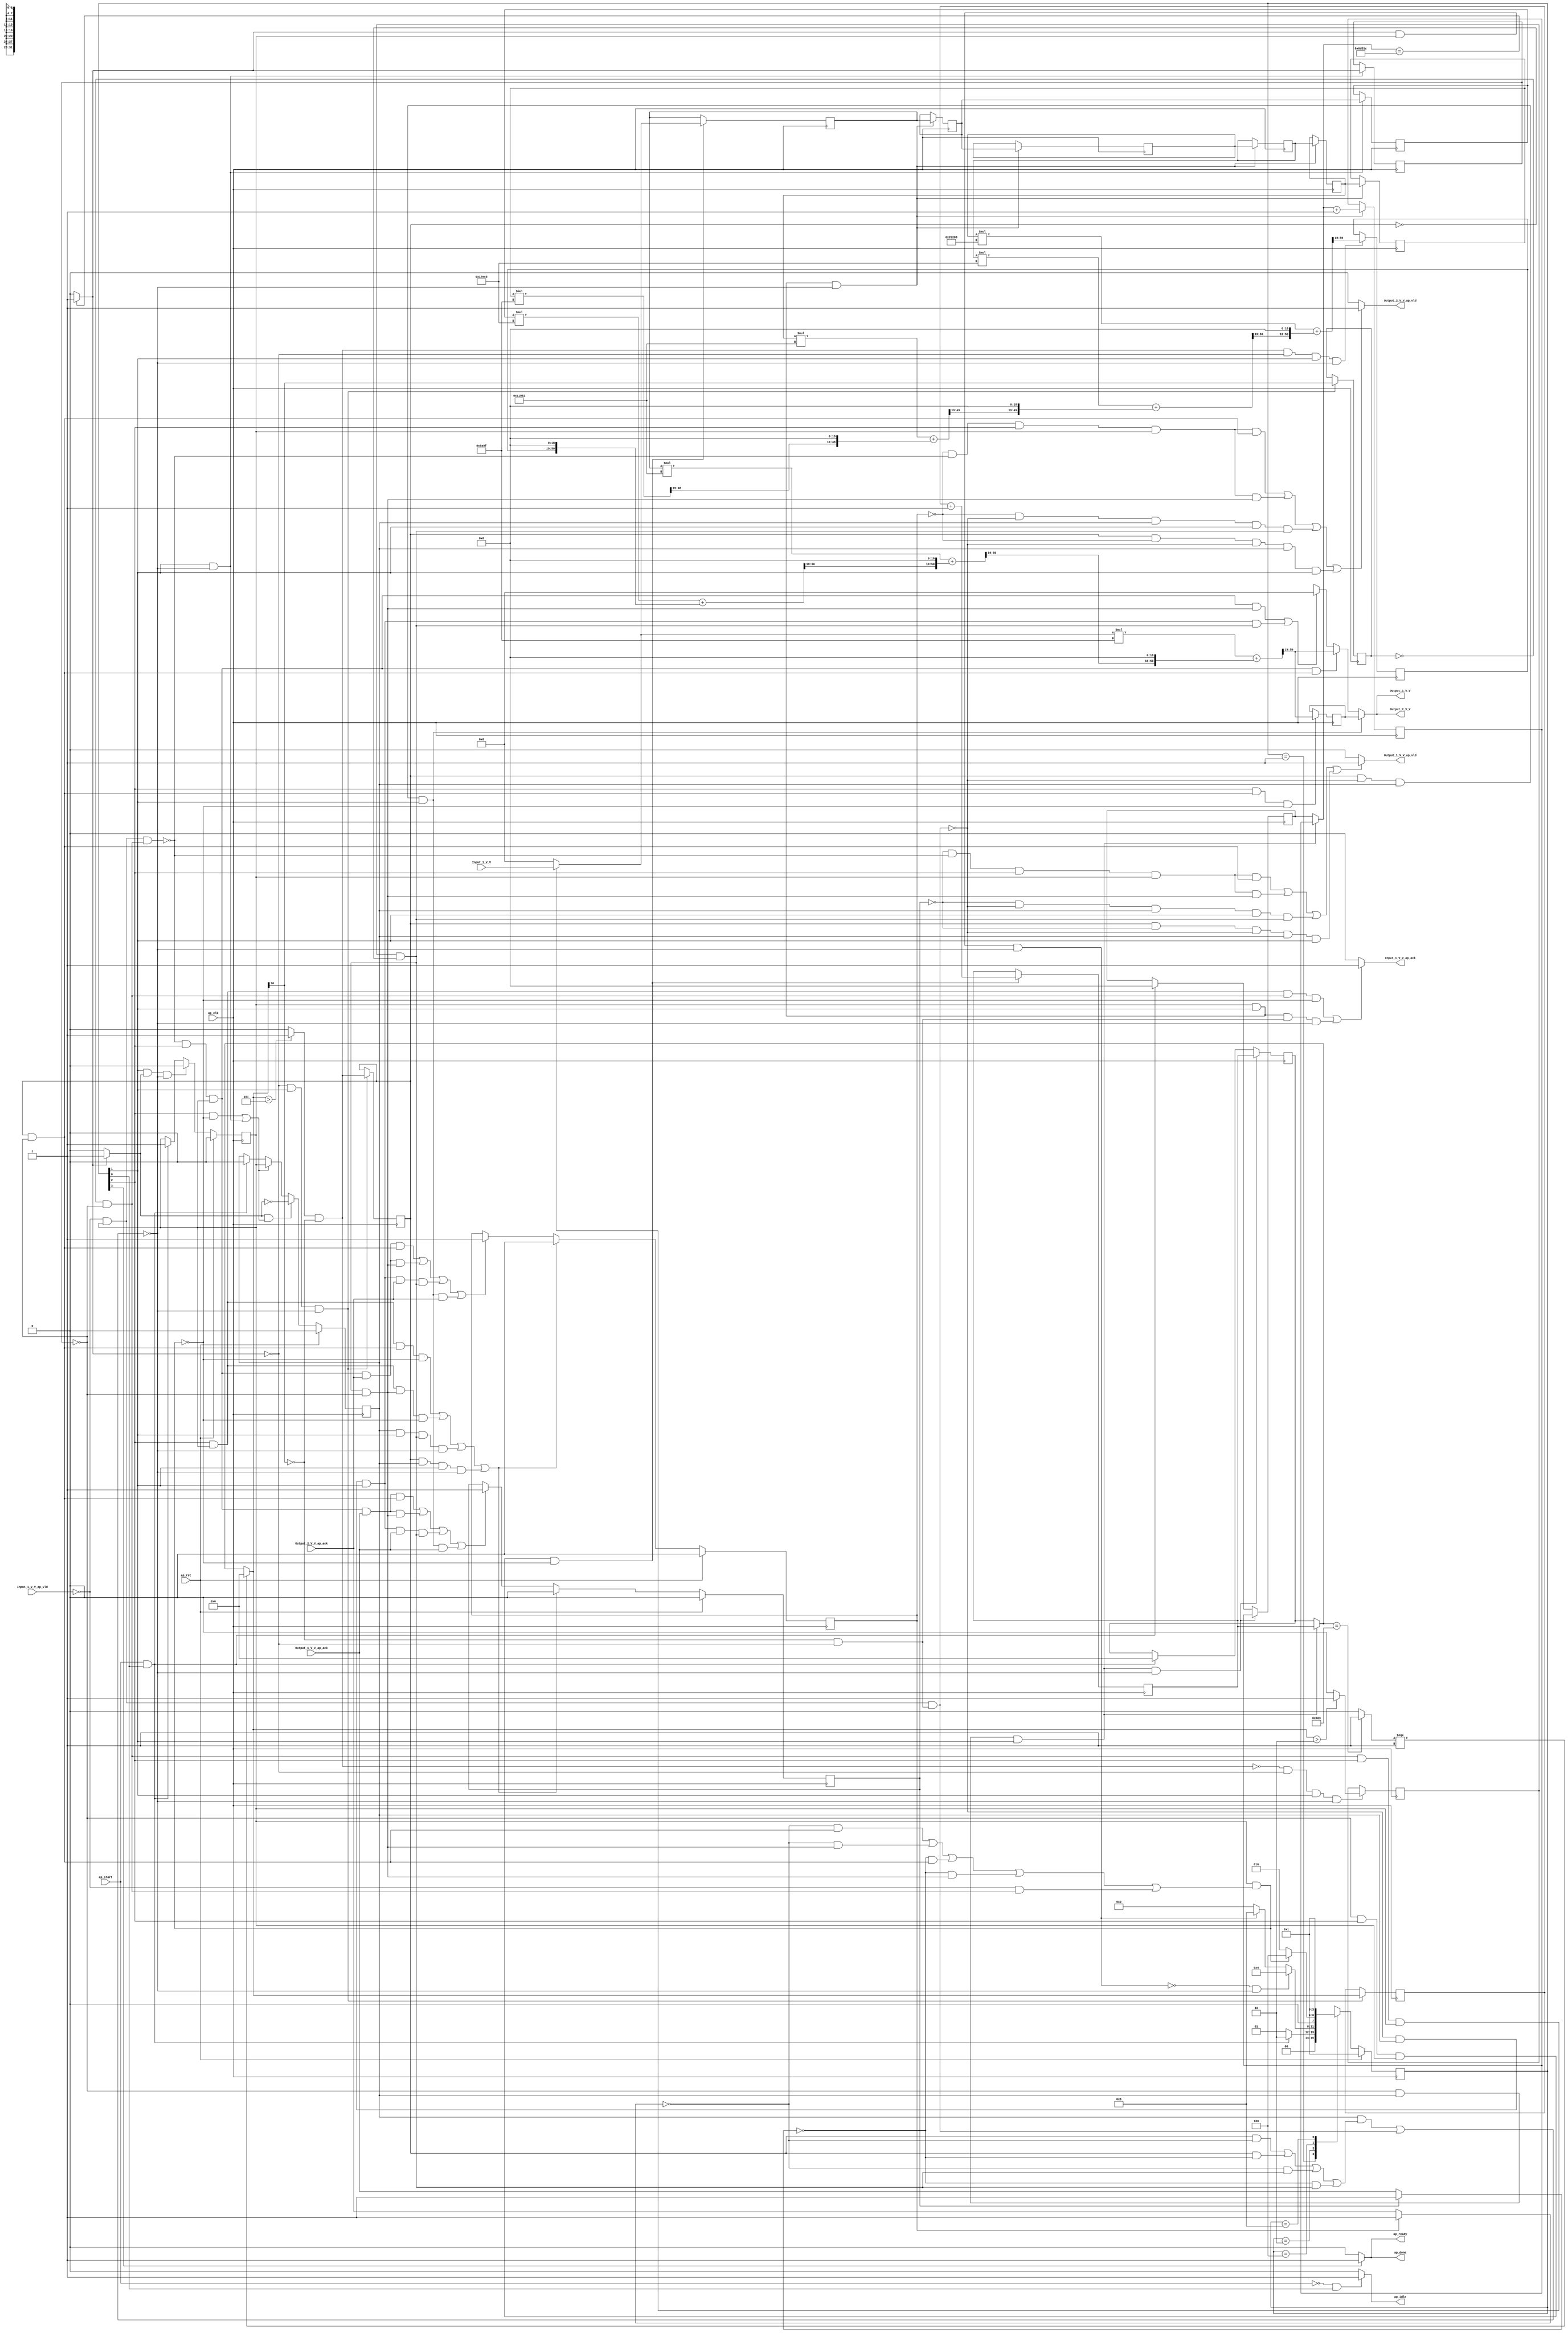
// ==============================================================
// RTL generated by Vivado(TM) HLS - High-Level Synthesis from C, C++ and SystemC
// Version: 2018.2
// Copyright (C) 1986-2018 Xilinx, Inc. All Rights Reserved.
// 
// ===========================================================

`timescale 1 ns / 1 ps 

(* CORE_GENERATION_INFO="gradient_weight_x3,hls_ip_2018_2,{HLS_INPUT_TYPE=cxx,HLS_INPUT_FLOAT=0,HLS_INPUT_FIXED=1,HLS_INPUT_PART=xczu9eg-ffvb1156-2-i,HLS_INPUT_CLOCK=10.000000,HLS_INPUT_ARCH=others,HLS_SYN_CLOCK=6.730643,HLS_SYN_LAT=895546,HLS_SYN_TPT=none,HLS_SYN_MEM=0,HLS_SYN_DSP=21,HLS_SYN_FF=371,HLS_SYN_LUT=809,HLS_VERSION=2018_2}" *)

module gradient_weight_x3 (
        ap_clk,
        ap_rst,
        ap_start,
        ap_done,
        ap_idle,
        ap_ready,
        Input_1_V_V,
        Input_1_V_V_ap_vld,
        Input_1_V_V_ap_ack,
        Output_1_V_V,
        Output_1_V_V_ap_vld,
        Output_1_V_V_ap_ack,
        Output_2_V_V,
        Output_2_V_V_ap_vld,
        Output_2_V_V_ap_ack
);

parameter    ap_ST_fsm_state1 = 4'd1;
parameter    ap_ST_fsm_pp0_stage0 = 4'd2;
parameter    ap_ST_fsm_pp0_stage1 = 4'd4;
parameter    ap_ST_fsm_state5 = 4'd8;

input   ap_clk;
input   ap_rst;
input   ap_start;
output   ap_done;
output   ap_idle;
output   ap_ready;
input  [31:0] Input_1_V_V;
input   Input_1_V_V_ap_vld;
output   Input_1_V_V_ap_ack;
output  [31:0] Output_1_V_V;
output   Output_1_V_V_ap_vld;
input   Output_1_V_V_ap_ack;
output  [31:0] Output_2_V_V;
output   Output_2_V_V_ap_vld;
input   Output_2_V_V_ap_ack;

reg ap_done;
reg ap_idle;
reg ap_ready;
reg Input_1_V_V_ap_ack;
reg[31:0] Output_1_V_V;
reg Output_1_V_V_ap_vld;
reg[31:0] Output_2_V_V;
reg Output_2_V_V_ap_vld;

(* fsm_encoding = "none" *) reg   [3:0] ap_CS_fsm;
wire    ap_CS_fsm_state1;
reg    Input_1_V_V_blk_n;
wire    ap_CS_fsm_pp0_stage0;
reg    ap_enable_reg_pp0_iter0;
wire    ap_block_pp0_stage0;
wire   [0:0] exitcond_flatten_fu_186_p2;
wire   [0:0] tmp_3_fu_237_p3;
wire    ap_CS_fsm_pp0_stage1;
wire    ap_block_pp0_stage1;
reg   [0:0] exitcond_flatten_reg_568;
reg   [0:0] tmp_3_reg_582;
reg    Output_1_V_V_blk_n;
reg   [0:0] or_cond_reg_586;
reg    ap_enable_reg_pp0_iter1;
reg   [0:0] tmp_1_reg_590;
reg    Output_2_V_V_blk_n;
reg   [18:0] indvar_flatten_reg_134;
reg   [10:0] c_reg_145;
reg  signed [31:0] buf_val_0_z_V_4_lo_reg_563;
reg    ap_predicate_op41_read_state2;
reg    ap_block_state2_pp0_stage0_iter0;
wire    ap_block_state4_pp0_stage0_iter1;
reg    ap_sig_ioackin_Output_1_V_V_ap_ack;
reg    ap_predicate_op100_write_state4;
reg    ap_sig_ioackin_Output_2_V_V_ap_ack;
reg    ap_block_state4_io;
reg    ap_block_pp0_stage0_11001;
wire   [18:0] indvar_flatten_next_fu_192_p2;
reg   [18:0] indvar_flatten_next_reg_572;
wire   [10:0] c_mid2_fu_229_p3;
reg   [10:0] c_mid2_reg_577;
wire   [0:0] or_cond_fu_257_p2;
wire   [0:0] tmp_1_fu_263_p2;
reg   [31:0] tmp_7_reg_594;
reg   [31:0] tmp_V_reg_599;
reg    ap_predicate_op68_read_state3;
reg    ap_block_state3_pp0_stage1_iter0;
reg    ap_predicate_op73_write_state3;
reg    ap_predicate_op93_write_state3;
reg    ap_block_state3_io;
reg    ap_block_pp0_stage1_11001;
wire   [10:0] c_1_fu_522_p2;
reg   [10:0] c_1_reg_605;
reg    ap_block_pp0_stage0_subdone;
reg    ap_condition_pp0_exit_iter0_state2;
reg    ap_block_pp0_stage1_subdone;
reg   [18:0] ap_phi_mux_indvar_flatten_phi_fu_138_p4;
reg   [10:0] ap_phi_mux_c_phi_fu_149_p4;
reg  signed [31:0] ap_phi_mux_buf_val_0_z_V_6_phi_fu_160_p4;
reg   [31:0] buf_val_0_z_V_5_fu_88;
reg   [31:0] buf_val_0_z_V_0_fu_92;
reg   [31:0] buf_val_0_z_V_1_fu_96;
reg   [31:0] buf_val_0_z_V_2_fu_100;
reg   [31:0] buf_val_0_z_V_3_fu_104;
reg   [31:0] buf_val_0_z_V_4_fu_108;
reg    ap_block_pp0_stage1_01001;
reg    ap_block_pp0_stage0_01001;
reg    ap_reg_ioackin_Output_1_V_V_ap_ack;
reg    ap_reg_ioackin_Output_2_V_V_ap_ack;
wire   [0:0] exitcond_fu_223_p2;
wire   [0:0] tmp_s_fu_251_p2;
wire   [0:0] rev_fu_245_p2;
wire  signed [31:0] OP1_V_cast_fu_269_p0;
wire  signed [31:0] p_Val2_3_fu_273_p0;
wire   [48:0] p_Val2_3_fu_273_p2;
wire  signed [31:0] OP1_V_1_cast_fu_289_p0;
wire  signed [31:0] p_Val2_3_1_fu_293_p0;
wire   [29:0] tmp_5_fu_279_p4;
wire   [48:0] tmp_fu_299_p3;
wire   [49:0] p_Val2_3_1_fu_293_p2;
wire  signed [49:0] tmp_13_1_cast_fu_307_p1;
wire  signed [31:0] OP1_V_2_cast_fu_317_p0;
wire  signed [31:0] p_Val2_3_2_fu_321_p0;
wire   [49:0] p_Val2_4_1_fu_311_p2;
wire   [30:0] tmp_4_fu_327_p4;
wire   [49:0] tmp_10_fu_337_p3;
wire   [49:0] p_Val2_3_2_fu_321_p2;
wire  signed [50:0] tmp_148_2_cast_fu_349_p1;
wire  signed [50:0] tmp_13_2_fu_345_p1;
wire  signed [31:0] OP1_V_3_cast_fu_359_p0;
wire  signed [31:0] p_Val2_3_3_fu_363_p0;
wire   [50:0] p_Val2_4_2_fu_353_p2;
wire   [31:0] tmp_6_fu_369_p4;
wire   [50:0] p_Val2_3_3_fu_363_p2;
wire   [50:0] tmp_13_3_fu_379_p3;
wire   [50:0] p_Val2_4_3_fu_387_p2;
wire  signed [31:0] p_Val2_3_4_fu_411_p0;
wire   [49:0] p_Val2_3_4_fu_411_p2;
wire  signed [50:0] tmp_148_4_cast_fu_424_p1;
wire   [50:0] tmp_13_4_fu_417_p3;
wire  signed [31:0] OP1_V_5_cast_fu_434_p0;
wire  signed [31:0] p_Val2_3_5_fu_438_p0;
wire   [50:0] p_Val2_4_4_fu_428_p2;
wire   [31:0] tmp_8_fu_444_p4;
wire   [49:0] p_Val2_3_5_fu_438_p2;
wire  signed [50:0] tmp_148_5_cast_fu_462_p1;
wire   [50:0] tmp_13_5_fu_454_p3;
wire  signed [31:0] p_Val2_3_6_fu_476_p0;
wire   [50:0] p_Val2_4_5_fu_466_p2;
wire   [31:0] tmp_9_fu_482_p4;
wire   [48:0] p_Val2_3_6_fu_476_p2;
wire  signed [50:0] tmp_148_6_cast_fu_500_p1;
wire   [50:0] tmp_13_6_fu_492_p3;
wire   [50:0] p_Val2_4_6_fu_504_p2;
wire    ap_CS_fsm_state5;
reg   [3:0] ap_NS_fsm;
reg    ap_idle_pp0;
wire    ap_enable_pp0;

// power-on initialization
initial begin
#0 ap_CS_fsm = 4'd1;
#0 ap_enable_reg_pp0_iter0 = 1'b0;
#0 ap_enable_reg_pp0_iter1 = 1'b0;
#0 ap_reg_ioackin_Output_1_V_V_ap_ack = 1'b0;
#0 ap_reg_ioackin_Output_2_V_V_ap_ack = 1'b0;
end

always @ (posedge ap_clk) begin
    if (ap_rst == 1'b1) begin
        ap_CS_fsm <= ap_ST_fsm_state1;
    end else begin
        ap_CS_fsm <= ap_NS_fsm;
    end
end

always @ (posedge ap_clk) begin
    if (ap_rst == 1'b1) begin
        ap_enable_reg_pp0_iter0 <= 1'b0;
    end else begin
        if (((1'b1 == ap_CS_fsm_pp0_stage0) & (1'b1 == ap_condition_pp0_exit_iter0_state2) & (1'b0 == ap_block_pp0_stage0_subdone))) begin
            ap_enable_reg_pp0_iter0 <= 1'b0;
        end else if (((ap_start == 1'b1) & (1'b1 == ap_CS_fsm_state1))) begin
            ap_enable_reg_pp0_iter0 <= 1'b1;
        end
    end
end

always @ (posedge ap_clk) begin
    if (ap_rst == 1'b1) begin
        ap_enable_reg_pp0_iter1 <= 1'b0;
    end else begin
        if (((1'b1 == ap_condition_pp0_exit_iter0_state2) & (((1'b1 == ap_CS_fsm_pp0_stage1) & (1'b0 == ap_block_pp0_stage1_subdone)) | ((1'b1 == ap_CS_fsm_pp0_stage0) & (1'b0 == ap_block_pp0_stage0_subdone))))) begin
            ap_enable_reg_pp0_iter1 <= (1'b1 ^ ap_condition_pp0_exit_iter0_state2);
        end else if ((((1'b1 == ap_CS_fsm_pp0_stage1) & (1'b0 == ap_block_pp0_stage1_subdone)) | ((1'b1 == ap_CS_fsm_pp0_stage0) & (1'b0 == ap_block_pp0_stage0_subdone)))) begin
            ap_enable_reg_pp0_iter1 <= ap_enable_reg_pp0_iter0;
        end else if (((ap_start == 1'b1) & (1'b1 == ap_CS_fsm_state1))) begin
            ap_enable_reg_pp0_iter1 <= 1'b0;
        end
    end
end

always @ (posedge ap_clk) begin
    if (ap_rst == 1'b1) begin
        ap_reg_ioackin_Output_1_V_V_ap_ack <= 1'b0;
    end else begin
        if ((((1'b1 == ap_CS_fsm_pp0_stage1) & (ap_enable_reg_pp0_iter0 == 1'b1) & (ap_predicate_op93_write_state3 == 1'b1) & (1'b0 == ap_block_pp0_stage1_11001)) | ((1'b1 == ap_CS_fsm_pp0_stage1) & (ap_enable_reg_pp0_iter0 == 1'b1) & (ap_predicate_op73_write_state3 == 1'b1) & (1'b0 == ap_block_pp0_stage1_11001)) | ((ap_enable_reg_pp0_iter1 == 1'b1) & (1'b1 == ap_CS_fsm_pp0_stage0) & (ap_predicate_op100_write_state4 == 1'b1) & (1'b0 == ap_block_pp0_stage0_11001)) | ((or_cond_reg_586 == 1'd1) & (ap_enable_reg_pp0_iter1 == 1'b1) & (1'b1 == ap_CS_fsm_pp0_stage0) & (1'b0 == ap_block_pp0_stage0_11001)))) begin
            ap_reg_ioackin_Output_1_V_V_ap_ack <= 1'b0;
        end else if ((((1'b0 == ap_block_pp0_stage1_01001) & (1'b1 == ap_CS_fsm_pp0_stage1) & (ap_enable_reg_pp0_iter0 == 1'b1) & (1'b1 == Output_1_V_V_ap_ack) & (ap_predicate_op93_write_state3 == 1'b1)) | ((1'b0 == ap_block_pp0_stage1_01001) & (1'b1 == ap_CS_fsm_pp0_stage1) & (ap_enable_reg_pp0_iter0 == 1'b1) & (1'b1 == Output_1_V_V_ap_ack) & (ap_predicate_op73_write_state3 == 1'b1)) | ((1'b0 == ap_block_pp0_stage0_01001) & (ap_enable_reg_pp0_iter1 == 1'b1) & (1'b1 == ap_CS_fsm_pp0_stage0) & (1'b1 == Output_1_V_V_ap_ack) & (ap_predicate_op100_write_state4 == 1'b1)) | ((or_cond_reg_586 == 1'd1) & (1'b0 == ap_block_pp0_stage0_01001) & (ap_enable_reg_pp0_iter1 == 1'b1) & (1'b1 == ap_CS_fsm_pp0_stage0) & (1'b1 == Output_1_V_V_ap_ack)))) begin
            ap_reg_ioackin_Output_1_V_V_ap_ack <= 1'b1;
        end
    end
end

always @ (posedge ap_clk) begin
    if (ap_rst == 1'b1) begin
        ap_reg_ioackin_Output_2_V_V_ap_ack <= 1'b0;
    end else begin
        if ((((1'b1 == ap_CS_fsm_pp0_stage1) & (ap_enable_reg_pp0_iter0 == 1'b1) & (ap_predicate_op93_write_state3 == 1'b1) & (1'b0 == ap_block_pp0_stage1_11001)) | ((1'b1 == ap_CS_fsm_pp0_stage1) & (ap_enable_reg_pp0_iter0 == 1'b1) & (ap_predicate_op73_write_state3 == 1'b1) & (1'b0 == ap_block_pp0_stage1_11001)) | ((ap_enable_reg_pp0_iter1 == 1'b1) & (1'b1 == ap_CS_fsm_pp0_stage0) & (ap_predicate_op100_write_state4 == 1'b1) & (1'b0 == ap_block_pp0_stage0_11001)) | ((or_cond_reg_586 == 1'd1) & (ap_enable_reg_pp0_iter1 == 1'b1) & (1'b1 == ap_CS_fsm_pp0_stage0) & (1'b0 == ap_block_pp0_stage0_11001)))) begin
            ap_reg_ioackin_Output_2_V_V_ap_ack <= 1'b0;
        end else if ((((1'b0 == ap_block_pp0_stage1_01001) & (1'b1 == ap_CS_fsm_pp0_stage1) & (ap_enable_reg_pp0_iter0 == 1'b1) & (1'b1 == Output_2_V_V_ap_ack) & (ap_predicate_op93_write_state3 == 1'b1)) | ((1'b0 == ap_block_pp0_stage1_01001) & (1'b1 == ap_CS_fsm_pp0_stage1) & (ap_enable_reg_pp0_iter0 == 1'b1) & (1'b1 == Output_2_V_V_ap_ack) & (ap_predicate_op73_write_state3 == 1'b1)) | ((1'b0 == ap_block_pp0_stage0_01001) & (ap_enable_reg_pp0_iter1 == 1'b1) & (1'b1 == ap_CS_fsm_pp0_stage0) & (1'b1 == Output_2_V_V_ap_ack) & (ap_predicate_op100_write_state4 == 1'b1)) | ((or_cond_reg_586 == 1'd1) & (1'b0 == ap_block_pp0_stage0_01001) & (ap_enable_reg_pp0_iter1 == 1'b1) & (1'b1 == ap_CS_fsm_pp0_stage0) & (1'b1 == Output_2_V_V_ap_ack)))) begin
            ap_reg_ioackin_Output_2_V_V_ap_ack <= 1'b1;
        end
    end
end

always @ (posedge ap_clk) begin
    if (((exitcond_flatten_reg_568 == 1'd0) & (ap_enable_reg_pp0_iter1 == 1'b1) & (1'b1 == ap_CS_fsm_pp0_stage0) & (1'b0 == ap_block_pp0_stage0_11001))) begin
        c_reg_145 <= c_1_reg_605;
    end else if (((ap_start == 1'b1) & (1'b1 == ap_CS_fsm_state1))) begin
        c_reg_145 <= 11'd0;
    end
end

always @ (posedge ap_clk) begin
    if (((exitcond_flatten_reg_568 == 1'd0) & (ap_enable_reg_pp0_iter1 == 1'b1) & (1'b1 == ap_CS_fsm_pp0_stage0) & (1'b0 == ap_block_pp0_stage0_11001))) begin
        indvar_flatten_reg_134 <= indvar_flatten_next_reg_572;
    end else if (((ap_start == 1'b1) & (1'b1 == ap_CS_fsm_state1))) begin
        indvar_flatten_reg_134 <= 19'd0;
    end
end

always @ (posedge ap_clk) begin
    if (((ap_enable_reg_pp0_iter0 == 1'b1) & (1'b1 == ap_CS_fsm_pp0_stage0) & (1'b0 == ap_block_pp0_stage0_11001))) begin
        buf_val_0_z_V_0_fu_92 <= buf_val_0_z_V_1_fu_96;
        buf_val_0_z_V_1_fu_96 <= buf_val_0_z_V_2_fu_100;
        buf_val_0_z_V_2_fu_100 <= buf_val_0_z_V_3_fu_104;
        buf_val_0_z_V_3_fu_104 <= buf_val_0_z_V_4_fu_108;
        buf_val_0_z_V_4_fu_108 <= buf_val_0_z_V_5_fu_88;
        indvar_flatten_next_reg_572 <= indvar_flatten_next_fu_192_p2;
    end
end

always @ (posedge ap_clk) begin
    if (((1'b1 == ap_CS_fsm_pp0_stage0) & (1'b0 == ap_block_pp0_stage0_11001))) begin
        buf_val_0_z_V_4_lo_reg_563 <= buf_val_0_z_V_4_fu_108;
        exitcond_flatten_reg_568 <= exitcond_flatten_fu_186_p2;
    end
end

always @ (posedge ap_clk) begin
    if (((exitcond_flatten_reg_568 == 1'd0) & (1'b1 == ap_CS_fsm_pp0_stage1) & (ap_enable_reg_pp0_iter0 == 1'b1) & (1'b0 == ap_block_pp0_stage1_11001))) begin
        buf_val_0_z_V_5_fu_88 <= ap_phi_mux_buf_val_0_z_V_6_phi_fu_160_p4;
        c_1_reg_605 <= c_1_fu_522_p2;
    end
end

always @ (posedge ap_clk) begin
    if (((exitcond_flatten_fu_186_p2 == 1'd0) & (1'b1 == ap_CS_fsm_pp0_stage0) & (1'b0 == ap_block_pp0_stage0_11001))) begin
        c_mid2_reg_577 <= c_mid2_fu_229_p3;
        or_cond_reg_586 <= or_cond_fu_257_p2;
        tmp_3_reg_582 <= c_mid2_fu_229_p3[32'd10];
    end
end

always @ (posedge ap_clk) begin
    if (((or_cond_fu_257_p2 == 1'd0) & (exitcond_flatten_fu_186_p2 == 1'd0) & (1'b1 == ap_CS_fsm_pp0_stage0) & (1'b0 == ap_block_pp0_stage0_11001))) begin
        tmp_1_reg_590 <= tmp_1_fu_263_p2;
    end
end

always @ (posedge ap_clk) begin
    if (((or_cond_fu_257_p2 == 1'd1) & (exitcond_flatten_fu_186_p2 == 1'd0) & (1'b1 == ap_CS_fsm_pp0_stage0) & (1'b0 == ap_block_pp0_stage0_11001))) begin
        tmp_7_reg_594 <= {{p_Val2_4_3_fu_387_p2[50:19]}};
    end
end

always @ (posedge ap_clk) begin
    if (((1'b1 == ap_CS_fsm_pp0_stage1) & (ap_predicate_op93_write_state3 == 1'b1) & (1'b0 == ap_block_pp0_stage1_11001))) begin
        tmp_V_reg_599 <= {{p_Val2_4_6_fu_504_p2[50:19]}};
    end
end

always @ (*) begin
    if ((((1'b1 == ap_CS_fsm_pp0_stage1) & (ap_enable_reg_pp0_iter0 == 1'b1) & (ap_predicate_op68_read_state3 == 1'b1) & (1'b0 == ap_block_pp0_stage1_11001)) | ((ap_enable_reg_pp0_iter0 == 1'b1) & (1'b1 == ap_CS_fsm_pp0_stage0) & (ap_predicate_op41_read_state2 == 1'b1) & (1'b0 == ap_block_pp0_stage0_11001)))) begin
        Input_1_V_V_ap_ack = 1'b1;
    end else begin
        Input_1_V_V_ap_ack = 1'b0;
    end
end

always @ (*) begin
    if ((((1'b0 == ap_block_pp0_stage1) & (tmp_3_reg_582 == 1'd0) & (exitcond_flatten_reg_568 == 1'd0) & (1'b1 == ap_CS_fsm_pp0_stage1) & (ap_enable_reg_pp0_iter0 == 1'b1)) | ((tmp_3_fu_237_p3 == 1'd0) & (exitcond_flatten_fu_186_p2 == 1'd0) & (1'b0 == ap_block_pp0_stage0) & (ap_enable_reg_pp0_iter0 == 1'b1) & (1'b1 == ap_CS_fsm_pp0_stage0)))) begin
        Input_1_V_V_blk_n = Input_1_V_V_ap_vld;
    end else begin
        Input_1_V_V_blk_n = 1'b1;
    end
end

always @ (*) begin
    if (((or_cond_reg_586 == 1'd1) & (1'b0 == ap_block_pp0_stage0_01001) & (ap_enable_reg_pp0_iter1 == 1'b1) & (1'b1 == ap_CS_fsm_pp0_stage0))) begin
        Output_1_V_V = tmp_V_reg_599;
    end else if (((1'b0 == ap_block_pp0_stage1_01001) & (1'b1 == ap_CS_fsm_pp0_stage1) & (ap_enable_reg_pp0_iter0 == 1'b1) & (ap_predicate_op93_write_state3 == 1'b1))) begin
        Output_1_V_V = {{p_Val2_4_6_fu_504_p2[50:19]}};
    end else if ((((1'b0 == ap_block_pp0_stage1_01001) & (1'b1 == ap_CS_fsm_pp0_stage1) & (ap_enable_reg_pp0_iter0 == 1'b1) & (ap_predicate_op73_write_state3 == 1'b1)) | ((1'b0 == ap_block_pp0_stage0_01001) & (ap_enable_reg_pp0_iter1 == 1'b1) & (1'b1 == ap_CS_fsm_pp0_stage0) & (ap_predicate_op100_write_state4 == 1'b1)))) begin
        Output_1_V_V = 32'd0;
    end else begin
        Output_1_V_V = 'bx;
    end
end

always @ (*) begin
    if ((((ap_reg_ioackin_Output_1_V_V_ap_ack == 1'b0) & (1'b0 == ap_block_pp0_stage1_01001) & (1'b1 == ap_CS_fsm_pp0_stage1) & (ap_enable_reg_pp0_iter0 == 1'b1) & (ap_predicate_op93_write_state3 == 1'b1)) | ((ap_reg_ioackin_Output_1_V_V_ap_ack == 1'b0) & (1'b0 == ap_block_pp0_stage1_01001) & (1'b1 == ap_CS_fsm_pp0_stage1) & (ap_enable_reg_pp0_iter0 == 1'b1) & (ap_predicate_op73_write_state3 == 1'b1)) | ((ap_reg_ioackin_Output_1_V_V_ap_ack == 1'b0) & (1'b0 == ap_block_pp0_stage0_01001) & (ap_enable_reg_pp0_iter1 == 1'b1) & (1'b1 == ap_CS_fsm_pp0_stage0) & (ap_predicate_op100_write_state4 == 1'b1)) | ((or_cond_reg_586 == 1'd1) & (ap_reg_ioackin_Output_1_V_V_ap_ack == 1'b0) & (1'b0 == ap_block_pp0_stage0_01001) & (ap_enable_reg_pp0_iter1 == 1'b1) & (1'b1 == ap_CS_fsm_pp0_stage0)))) begin
        Output_1_V_V_ap_vld = 1'b1;
    end else begin
        Output_1_V_V_ap_vld = 1'b0;
    end
end

always @ (*) begin
    if ((((tmp_1_reg_590 == 1'd1) & (1'b0 == ap_block_pp0_stage1) & (or_cond_reg_586 == 1'd0) & (exitcond_flatten_reg_568 == 1'd0) & (1'b1 == ap_CS_fsm_pp0_stage1) & (ap_enable_reg_pp0_iter0 == 1'b1)) | ((or_cond_reg_586 == 1'd1) & (1'b0 == ap_block_pp0_stage1) & (exitcond_flatten_reg_568 == 1'd0) & (1'b1 == ap_CS_fsm_pp0_stage1) & (ap_enable_reg_pp0_iter0 == 1'b1)) | ((tmp_1_reg_590 == 1'd1) & (or_cond_reg_586 == 1'd0) & (1'b0 == ap_block_pp0_stage0) & (ap_enable_reg_pp0_iter1 == 1'b1) & (1'b1 == ap_CS_fsm_pp0_stage0)) | ((or_cond_reg_586 == 1'd1) & (1'b0 == ap_block_pp0_stage0) & (ap_enable_reg_pp0_iter1 == 1'b1) & (1'b1 == ap_CS_fsm_pp0_stage0)))) begin
        Output_1_V_V_blk_n = Output_1_V_V_ap_ack;
    end else begin
        Output_1_V_V_blk_n = 1'b1;
    end
end

always @ (*) begin
    if (((or_cond_reg_586 == 1'd1) & (1'b0 == ap_block_pp0_stage0_01001) & (ap_enable_reg_pp0_iter1 == 1'b1) & (1'b1 == ap_CS_fsm_pp0_stage0))) begin
        Output_2_V_V = tmp_V_reg_599;
    end else if (((1'b0 == ap_block_pp0_stage1_01001) & (1'b1 == ap_CS_fsm_pp0_stage1) & (ap_enable_reg_pp0_iter0 == 1'b1) & (ap_predicate_op93_write_state3 == 1'b1))) begin
        Output_2_V_V = {{p_Val2_4_6_fu_504_p2[50:19]}};
    end else if ((((1'b0 == ap_block_pp0_stage1_01001) & (1'b1 == ap_CS_fsm_pp0_stage1) & (ap_enable_reg_pp0_iter0 == 1'b1) & (ap_predicate_op73_write_state3 == 1'b1)) | ((1'b0 == ap_block_pp0_stage0_01001) & (ap_enable_reg_pp0_iter1 == 1'b1) & (1'b1 == ap_CS_fsm_pp0_stage0) & (ap_predicate_op100_write_state4 == 1'b1)))) begin
        Output_2_V_V = 32'd0;
    end else begin
        Output_2_V_V = 'bx;
    end
end

always @ (*) begin
    if ((((ap_reg_ioackin_Output_2_V_V_ap_ack == 1'b0) & (1'b0 == ap_block_pp0_stage1_01001) & (1'b1 == ap_CS_fsm_pp0_stage1) & (ap_enable_reg_pp0_iter0 == 1'b1) & (ap_predicate_op93_write_state3 == 1'b1)) | ((ap_reg_ioackin_Output_2_V_V_ap_ack == 1'b0) & (1'b0 == ap_block_pp0_stage1_01001) & (1'b1 == ap_CS_fsm_pp0_stage1) & (ap_enable_reg_pp0_iter0 == 1'b1) & (ap_predicate_op73_write_state3 == 1'b1)) | ((ap_reg_ioackin_Output_2_V_V_ap_ack == 1'b0) & (1'b0 == ap_block_pp0_stage0_01001) & (ap_enable_reg_pp0_iter1 == 1'b1) & (1'b1 == ap_CS_fsm_pp0_stage0) & (ap_predicate_op100_write_state4 == 1'b1)) | ((or_cond_reg_586 == 1'd1) & (ap_reg_ioackin_Output_2_V_V_ap_ack == 1'b0) & (1'b0 == ap_block_pp0_stage0_01001) & (ap_enable_reg_pp0_iter1 == 1'b1) & (1'b1 == ap_CS_fsm_pp0_stage0)))) begin
        Output_2_V_V_ap_vld = 1'b1;
    end else begin
        Output_2_V_V_ap_vld = 1'b0;
    end
end

always @ (*) begin
    if ((((tmp_1_reg_590 == 1'd1) & (1'b0 == ap_block_pp0_stage1) & (or_cond_reg_586 == 1'd0) & (exitcond_flatten_reg_568 == 1'd0) & (1'b1 == ap_CS_fsm_pp0_stage1) & (ap_enable_reg_pp0_iter0 == 1'b1)) | ((or_cond_reg_586 == 1'd1) & (1'b0 == ap_block_pp0_stage1) & (exitcond_flatten_reg_568 == 1'd0) & (1'b1 == ap_CS_fsm_pp0_stage1) & (ap_enable_reg_pp0_iter0 == 1'b1)) | ((tmp_1_reg_590 == 1'd1) & (or_cond_reg_586 == 1'd0) & (1'b0 == ap_block_pp0_stage0) & (ap_enable_reg_pp0_iter1 == 1'b1) & (1'b1 == ap_CS_fsm_pp0_stage0)) | ((or_cond_reg_586 == 1'd1) & (1'b0 == ap_block_pp0_stage0) & (ap_enable_reg_pp0_iter1 == 1'b1) & (1'b1 == ap_CS_fsm_pp0_stage0)))) begin
        Output_2_V_V_blk_n = Output_2_V_V_ap_ack;
    end else begin
        Output_2_V_V_blk_n = 1'b1;
    end
end

always @ (*) begin
    if ((exitcond_flatten_fu_186_p2 == 1'd1)) begin
        ap_condition_pp0_exit_iter0_state2 = 1'b1;
    end else begin
        ap_condition_pp0_exit_iter0_state2 = 1'b0;
    end
end

always @ (*) begin
    if ((1'b1 == ap_CS_fsm_state5)) begin
        ap_done = 1'b1;
    end else begin
        ap_done = 1'b0;
    end
end

always @ (*) begin
    if (((ap_start == 1'b0) & (1'b1 == ap_CS_fsm_state1))) begin
        ap_idle = 1'b1;
    end else begin
        ap_idle = 1'b0;
    end
end

always @ (*) begin
    if (((ap_enable_reg_pp0_iter1 == 1'b0) & (ap_enable_reg_pp0_iter0 == 1'b0))) begin
        ap_idle_pp0 = 1'b1;
    end else begin
        ap_idle_pp0 = 1'b0;
    end
end

always @ (*) begin
    if (((1'b0 == ap_block_pp0_stage1) & (tmp_3_reg_582 == 1'd0) & (exitcond_flatten_reg_568 == 1'd0) & (1'b1 == ap_CS_fsm_pp0_stage1) & (ap_enable_reg_pp0_iter0 == 1'b1))) begin
        ap_phi_mux_buf_val_0_z_V_6_phi_fu_160_p4 = Input_1_V_V;
    end else begin
        ap_phi_mux_buf_val_0_z_V_6_phi_fu_160_p4 = 32'd0;
    end
end

always @ (*) begin
    if (((exitcond_flatten_reg_568 == 1'd0) & (1'b0 == ap_block_pp0_stage0) & (ap_enable_reg_pp0_iter1 == 1'b1) & (1'b1 == ap_CS_fsm_pp0_stage0))) begin
        ap_phi_mux_c_phi_fu_149_p4 = c_1_reg_605;
    end else begin
        ap_phi_mux_c_phi_fu_149_p4 = c_reg_145;
    end
end

always @ (*) begin
    if (((exitcond_flatten_reg_568 == 1'd0) & (1'b0 == ap_block_pp0_stage0) & (ap_enable_reg_pp0_iter1 == 1'b1) & (1'b1 == ap_CS_fsm_pp0_stage0))) begin
        ap_phi_mux_indvar_flatten_phi_fu_138_p4 = indvar_flatten_next_reg_572;
    end else begin
        ap_phi_mux_indvar_flatten_phi_fu_138_p4 = indvar_flatten_reg_134;
    end
end

always @ (*) begin
    if ((1'b1 == ap_CS_fsm_state5)) begin
        ap_ready = 1'b1;
    end else begin
        ap_ready = 1'b0;
    end
end

always @ (*) begin
    if ((ap_reg_ioackin_Output_1_V_V_ap_ack == 1'b0)) begin
        ap_sig_ioackin_Output_1_V_V_ap_ack = Output_1_V_V_ap_ack;
    end else begin
        ap_sig_ioackin_Output_1_V_V_ap_ack = 1'b1;
    end
end

always @ (*) begin
    if ((ap_reg_ioackin_Output_2_V_V_ap_ack == 1'b0)) begin
        ap_sig_ioackin_Output_2_V_V_ap_ack = Output_2_V_V_ap_ack;
    end else begin
        ap_sig_ioackin_Output_2_V_V_ap_ack = 1'b1;
    end
end

always @ (*) begin
    case (ap_CS_fsm)
        ap_ST_fsm_state1 : begin
            if (((ap_start == 1'b1) & (1'b1 == ap_CS_fsm_state1))) begin
                ap_NS_fsm = ap_ST_fsm_pp0_stage0;
            end else begin
                ap_NS_fsm = ap_ST_fsm_state1;
            end
        end
        ap_ST_fsm_pp0_stage0 : begin
            if ((~((exitcond_flatten_fu_186_p2 == 1'd1) & (ap_enable_reg_pp0_iter0 == 1'b1) & (1'b0 == ap_block_pp0_stage0_subdone)) & (1'b0 == ap_block_pp0_stage0_subdone))) begin
                ap_NS_fsm = ap_ST_fsm_pp0_stage1;
            end else if (((exitcond_flatten_fu_186_p2 == 1'd1) & (ap_enable_reg_pp0_iter0 == 1'b1) & (1'b0 == ap_block_pp0_stage0_subdone))) begin
                ap_NS_fsm = ap_ST_fsm_state5;
            end else begin
                ap_NS_fsm = ap_ST_fsm_pp0_stage0;
            end
        end
        ap_ST_fsm_pp0_stage1 : begin
            if ((1'b0 == ap_block_pp0_stage1_subdone)) begin
                ap_NS_fsm = ap_ST_fsm_pp0_stage0;
            end else begin
                ap_NS_fsm = ap_ST_fsm_pp0_stage1;
            end
        end
        ap_ST_fsm_state5 : begin
            ap_NS_fsm = ap_ST_fsm_state1;
        end
        default : begin
            ap_NS_fsm = 'bx;
        end
    endcase
end

assign OP1_V_1_cast_fu_289_p0 = buf_val_0_z_V_1_fu_96;

assign OP1_V_2_cast_fu_317_p0 = buf_val_0_z_V_2_fu_100;

assign OP1_V_3_cast_fu_359_p0 = buf_val_0_z_V_3_fu_104;

assign OP1_V_5_cast_fu_434_p0 = buf_val_0_z_V_5_fu_88;

assign OP1_V_cast_fu_269_p0 = buf_val_0_z_V_0_fu_92;

assign ap_CS_fsm_pp0_stage0 = ap_CS_fsm[32'd1];

assign ap_CS_fsm_pp0_stage1 = ap_CS_fsm[32'd2];

assign ap_CS_fsm_state1 = ap_CS_fsm[32'd0];

assign ap_CS_fsm_state5 = ap_CS_fsm[32'd3];

assign ap_block_pp0_stage0 = ~(1'b1 == 1'b1);

always @ (*) begin
    ap_block_pp0_stage0_01001 = ((1'b0 == Input_1_V_V_ap_vld) & (ap_enable_reg_pp0_iter0 == 1'b1) & (ap_predicate_op41_read_state2 == 1'b1));
end

always @ (*) begin
    ap_block_pp0_stage0_11001 = (((ap_enable_reg_pp0_iter1 == 1'b1) & (1'b1 == ap_block_state4_io)) | ((1'b0 == Input_1_V_V_ap_vld) & (ap_enable_reg_pp0_iter0 == 1'b1) & (ap_predicate_op41_read_state2 == 1'b1)));
end

always @ (*) begin
    ap_block_pp0_stage0_subdone = (((ap_enable_reg_pp0_iter1 == 1'b1) & (1'b1 == ap_block_state4_io)) | ((1'b0 == Input_1_V_V_ap_vld) & (ap_enable_reg_pp0_iter0 == 1'b1) & (ap_predicate_op41_read_state2 == 1'b1)));
end

assign ap_block_pp0_stage1 = ~(1'b1 == 1'b1);

always @ (*) begin
    ap_block_pp0_stage1_01001 = ((1'b0 == Input_1_V_V_ap_vld) & (ap_enable_reg_pp0_iter0 == 1'b1) & (ap_predicate_op68_read_state3 == 1'b1));
end

always @ (*) begin
    ap_block_pp0_stage1_11001 = ((ap_enable_reg_pp0_iter0 == 1'b1) & ((1'b1 == ap_block_state3_io) | ((1'b0 == Input_1_V_V_ap_vld) & (ap_predicate_op68_read_state3 == 1'b1))));
end

always @ (*) begin
    ap_block_pp0_stage1_subdone = ((ap_enable_reg_pp0_iter0 == 1'b1) & ((1'b1 == ap_block_state3_io) | ((1'b0 == Input_1_V_V_ap_vld) & (ap_predicate_op68_read_state3 == 1'b1))));
end

always @ (*) begin
    ap_block_state2_pp0_stage0_iter0 = ((1'b0 == Input_1_V_V_ap_vld) & (ap_predicate_op41_read_state2 == 1'b1));
end

always @ (*) begin
    ap_block_state3_io = (((ap_sig_ioackin_Output_2_V_V_ap_ack == 1'b0) & (ap_predicate_op93_write_state3 == 1'b1)) | ((ap_sig_ioackin_Output_2_V_V_ap_ack == 1'b0) & (ap_predicate_op73_write_state3 == 1'b1)) | ((ap_sig_ioackin_Output_1_V_V_ap_ack == 1'b0) & (ap_predicate_op93_write_state3 == 1'b1)) | ((ap_sig_ioackin_Output_1_V_V_ap_ack == 1'b0) & (ap_predicate_op73_write_state3 == 1'b1)));
end

always @ (*) begin
    ap_block_state3_pp0_stage1_iter0 = ((1'b0 == Input_1_V_V_ap_vld) & (ap_predicate_op68_read_state3 == 1'b1));
end

always @ (*) begin
    ap_block_state4_io = (((or_cond_reg_586 == 1'd1) & (ap_sig_ioackin_Output_2_V_V_ap_ack == 1'b0)) | ((or_cond_reg_586 == 1'd1) & (ap_sig_ioackin_Output_1_V_V_ap_ack == 1'b0)) | ((ap_sig_ioackin_Output_2_V_V_ap_ack == 1'b0) & (ap_predicate_op100_write_state4 == 1'b1)) | ((ap_sig_ioackin_Output_1_V_V_ap_ack == 1'b0) & (ap_predicate_op100_write_state4 == 1'b1)));
end

assign ap_block_state4_pp0_stage0_iter1 = ~(1'b1 == 1'b1);

assign ap_enable_pp0 = (ap_idle_pp0 ^ 1'b1);

always @ (*) begin
    ap_predicate_op100_write_state4 = ((tmp_1_reg_590 == 1'd1) & (or_cond_reg_586 == 1'd0));
end

always @ (*) begin
    ap_predicate_op41_read_state2 = ((tmp_3_fu_237_p3 == 1'd0) & (exitcond_flatten_fu_186_p2 == 1'd0));
end

always @ (*) begin
    ap_predicate_op68_read_state3 = ((tmp_3_reg_582 == 1'd0) & (exitcond_flatten_reg_568 == 1'd0));
end

always @ (*) begin
    ap_predicate_op73_write_state3 = ((tmp_1_reg_590 == 1'd1) & (or_cond_reg_586 == 1'd0) & (exitcond_flatten_reg_568 == 1'd0));
end

always @ (*) begin
    ap_predicate_op93_write_state3 = ((or_cond_reg_586 == 1'd1) & (exitcond_flatten_reg_568 == 1'd0));
end

assign c_1_fu_522_p2 = (c_mid2_reg_577 + 11'd1);

assign c_mid2_fu_229_p3 = ((exitcond_fu_223_p2[0:0] === 1'b1) ? 11'd0 : ap_phi_mux_c_phi_fu_149_p4);

assign exitcond_flatten_fu_186_p2 = ((ap_phi_mux_indvar_flatten_phi_fu_138_p4 == 19'd447772) ? 1'b1 : 1'b0);

assign exitcond_fu_223_p2 = ((ap_phi_mux_c_phi_fu_149_p4 == 11'd1027) ? 1'b1 : 1'b0);

assign indvar_flatten_next_fu_192_p2 = (ap_phi_mux_indvar_flatten_phi_fu_138_p4 + 19'd1);

assign or_cond_fu_257_p2 = (tmp_s_fu_251_p2 & rev_fu_245_p2);

assign p_Val2_3_1_fu_293_p0 = OP1_V_1_cast_fu_289_p0;

assign p_Val2_3_1_fu_293_p2 = ($signed(p_Val2_3_1_fu_293_p0) * $signed('h11062));

assign p_Val2_3_2_fu_321_p0 = OP1_V_2_cast_fu_317_p0;

assign p_Val2_3_2_fu_321_p2 = ($signed(p_Val2_3_2_fu_321_p0) * $signed('h17EC5));

assign p_Val2_3_3_fu_363_p0 = OP1_V_3_cast_fu_359_p0;

assign p_Val2_3_3_fu_363_p2 = ($signed(p_Val2_3_3_fu_363_p0) * $signed('h25288));

assign p_Val2_3_4_fu_411_p0 = buf_val_0_z_V_4_lo_reg_563;

assign p_Val2_3_4_fu_411_p2 = ($signed(p_Val2_3_4_fu_411_p0) * $signed('h17EC5));

assign p_Val2_3_5_fu_438_p0 = OP1_V_5_cast_fu_434_p0;

assign p_Val2_3_5_fu_438_p2 = ($signed(p_Val2_3_5_fu_438_p0) * $signed('h11062));

assign p_Val2_3_6_fu_476_p0 = ap_phi_mux_buf_val_0_z_V_6_phi_fu_160_p4;

assign p_Val2_3_6_fu_476_p2 = ($signed(p_Val2_3_6_fu_476_p0) * $signed('h9A9F));

assign p_Val2_3_fu_273_p0 = OP1_V_cast_fu_269_p0;

assign p_Val2_3_fu_273_p2 = ($signed(p_Val2_3_fu_273_p0) * $signed('h9A9F));

assign p_Val2_4_1_fu_311_p2 = ($signed(p_Val2_3_1_fu_293_p2) + $signed(tmp_13_1_cast_fu_307_p1));

assign p_Val2_4_2_fu_353_p2 = ($signed(tmp_148_2_cast_fu_349_p1) + $signed(tmp_13_2_fu_345_p1));

assign p_Val2_4_3_fu_387_p2 = (p_Val2_3_3_fu_363_p2 + tmp_13_3_fu_379_p3);

assign p_Val2_4_4_fu_428_p2 = ($signed(tmp_148_4_cast_fu_424_p1) + $signed(tmp_13_4_fu_417_p3));

assign p_Val2_4_5_fu_466_p2 = ($signed(tmp_148_5_cast_fu_462_p1) + $signed(tmp_13_5_fu_454_p3));

assign p_Val2_4_6_fu_504_p2 = ($signed(tmp_148_6_cast_fu_500_p1) + $signed(tmp_13_6_fu_492_p3));

assign rev_fu_245_p2 = (tmp_3_fu_237_p3 ^ 1'd1);

assign tmp_10_fu_337_p3 = {{tmp_4_fu_327_p4}, {19'd0}};

assign tmp_13_1_cast_fu_307_p1 = $signed(tmp_fu_299_p3);

assign tmp_13_2_fu_345_p1 = $signed(tmp_10_fu_337_p3);

assign tmp_13_3_fu_379_p3 = {{tmp_6_fu_369_p4}, {19'd0}};

assign tmp_13_4_fu_417_p3 = {{tmp_7_reg_594}, {19'd0}};

assign tmp_13_5_fu_454_p3 = {{tmp_8_fu_444_p4}, {19'd0}};

assign tmp_13_6_fu_492_p3 = {{tmp_9_fu_482_p4}, {19'd0}};

assign tmp_148_2_cast_fu_349_p1 = $signed(p_Val2_3_2_fu_321_p2);

assign tmp_148_4_cast_fu_424_p1 = $signed(p_Val2_3_4_fu_411_p2);

assign tmp_148_5_cast_fu_462_p1 = $signed(p_Val2_3_5_fu_438_p2);

assign tmp_148_6_cast_fu_500_p1 = $signed(p_Val2_3_6_fu_476_p2);

assign tmp_1_fu_263_p2 = ((c_mid2_fu_229_p3 > 11'd2) ? 1'b1 : 1'b0);

assign tmp_3_fu_237_p3 = c_mid2_fu_229_p3[32'd10];

assign tmp_4_fu_327_p4 = {{p_Val2_4_1_fu_311_p2[49:19]}};

assign tmp_5_fu_279_p4 = {{p_Val2_3_fu_273_p2[48:19]}};

assign tmp_6_fu_369_p4 = {{p_Val2_4_2_fu_353_p2[50:19]}};

assign tmp_8_fu_444_p4 = {{p_Val2_4_4_fu_428_p2[50:19]}};

assign tmp_9_fu_482_p4 = {{p_Val2_4_5_fu_466_p2[50:19]}};

assign tmp_fu_299_p3 = {{tmp_5_fu_279_p4}, {19'd0}};

assign tmp_s_fu_251_p2 = ((c_mid2_fu_229_p3 > 11'd5) ? 1'b1 : 1'b0);

endmodule //gradient_weight_x3